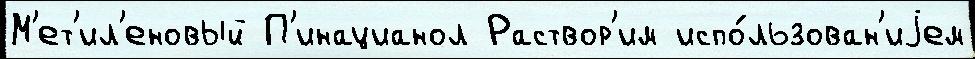
М'ет'ил'еновый П'инацианол Раствор'им испо́льзован'иjем